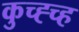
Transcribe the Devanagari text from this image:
कुच्ह्च्ह